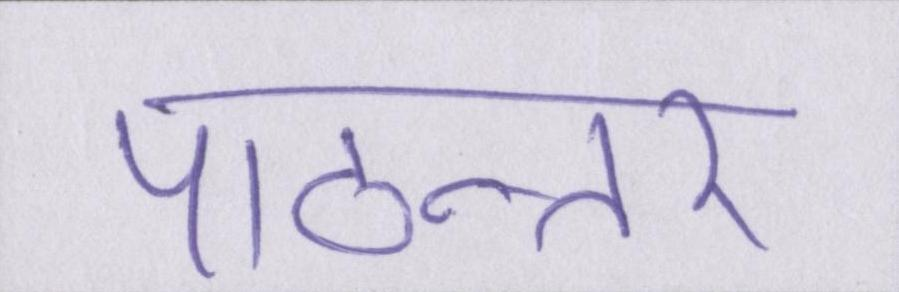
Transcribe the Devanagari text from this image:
पाठान्तर